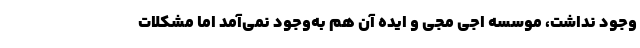
وجود نداشت، موسسه اجی مجی و ایده آن هم به‌وجود نمی‌آمد اما مشکلات